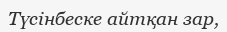
Түсінбеске айтқан зар,